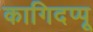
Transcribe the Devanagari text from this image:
कागिदप्पू